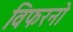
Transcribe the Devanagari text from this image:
विफरनो